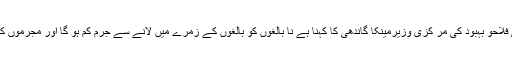
بھارت میں خواتین اور بچوں کی فلاحو بہبود کی مر کزی وزیرمینکا گاندھی کا کہنا ہے نا بالغوں کو بالغوں کے زمرے میں لانے سے جرم کم ہو گا اور مجرموں کے دلوں میں قانون کا خوف ہوگا۔